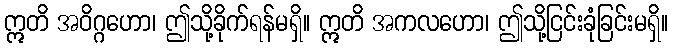
ဣတိ အဝိဂ္ဂဟော၊ ဤသို့ခိုက်ရန်မရှိ။ ဣတိ အကလဟော၊ ဤသို့ငြင်းခုံခြင်းမရှိ။